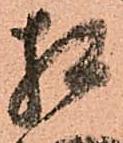
相